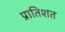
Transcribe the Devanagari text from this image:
प्रातिशत